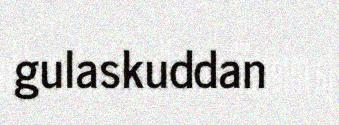
gulaskuddan